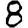
Digit: 8